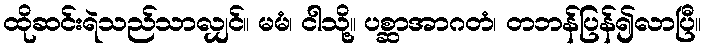
ထိုဆင်းရဲသည်သာလျှင်။ မမံ၊ ငါသို့။ ပစ္ဆာအာဂတံ၊ တဘန်ပြန်၍လာပြီ။